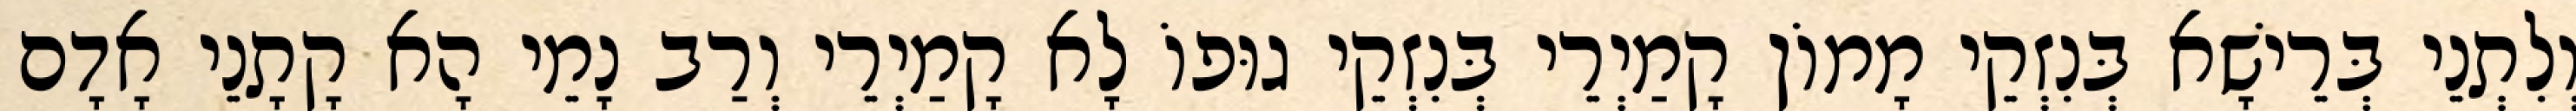
וְלִתְנֵי בְּרֵישָׁא בְּנִזְקֵי מָמוֹן קָמַיְרֵי בְּנִזְקֵי גוּפוֹ לָא קָמַיְרֵי וְרַב נָמֵי הָא קָתָנֵי אָדָם